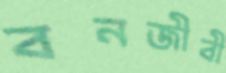
বনজীবী